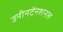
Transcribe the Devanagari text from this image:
उनीनटेंनशनल